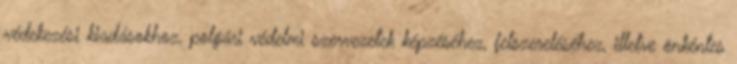
védekezési kiadásokhoz, polgári védelmi szervezetek képzéséhez, felszereléséhez, illetve önkéntes